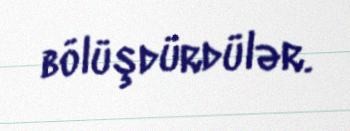
bölüşdürdülər.